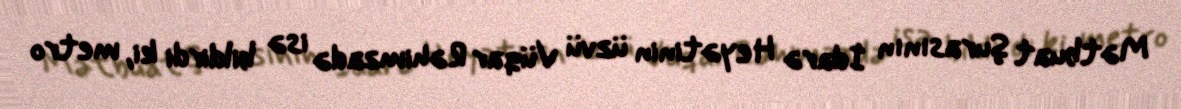
Mətbuat Şurasının İdarə Heyətinin üzvü Vüqar Rəhimzadə isə bildirdi ki, metro